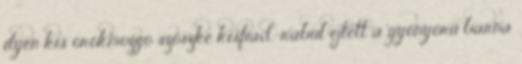
ilyen kis örökmozgó szöszke kisfiad.-rabul ejtett a gyönyörű barna